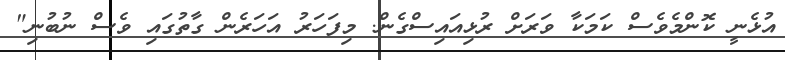
އުޅެނީ ކޮންމެވެސް ކަމަކާ ވަރަށް ރުޅިއައިސްގެން. މިފަހަރު އަހަރެން ގާތުގައި ވެސް ނުބުނި"